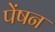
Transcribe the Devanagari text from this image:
पेंषन